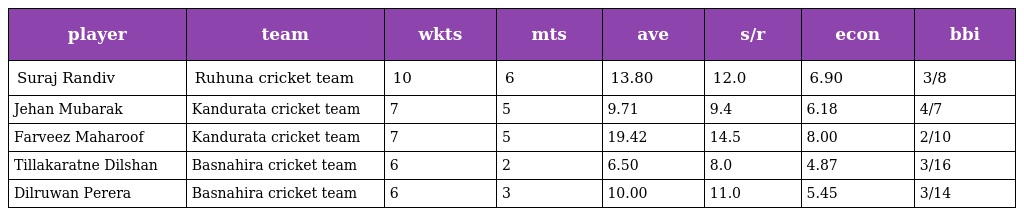
| player | team | wkts | mts | ave | s/r | econ | bbi |
 | --- | --- | --- | --- | --- | --- | --- | --- |
 | Suraj Randiv | Ruhuna cricket team | 10 | 6 | 13.80 | 12.0 | 6.90 | 3/8 |
 | Jehan Mubarak | Kandurata cricket team | 7 | 5 | 9.71 | 9.4 | 6.18 | 4/7 |
 | Farveez Maharoof | Kandurata cricket team | 7 | 5 | 19.42 | 14.5 | 8.00 | 2/10 |
 | Tillakaratne Dilshan | Basnahira cricket team | 6 | 2 | 6.50 | 8.0 | 4.87 | 3/16 |
 | Dilruwan Perera | Basnahira cricket team | 6 | 3 | 10.00 | 11.0 | 5.45 | 3/14 |